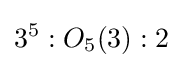
3^{5}:O_{5}(3):2